Vaccination in Bombay 1924-1928 - 1924-1928
Year: 1924
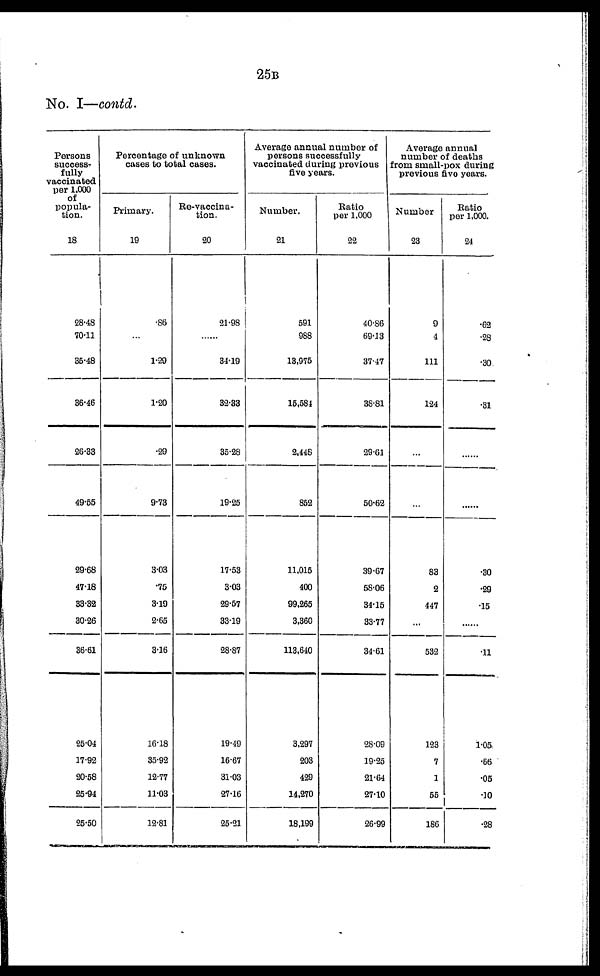
25B
No. I—contd.
Persons
success-
fully
vaccinated
per 1,000
of
popula-
tion.
18
28.48
70.11
35.48
36.46
26.33
49.55
29.68
47.18
33.32
30.26
36.61
25.04
17.92
20.58
25.94
25.50
Percentage of unknown
cases to total cases.
Primary.
19
.86
...
1.29
1.20
.29
9.73
3.03
.75
3.19
2.65
3.16
16.18
35.92
12.77
11.03
12.81
Re-vaccina-
tion.
20
21.98
...
34.19
32.33
35.28
19.25
17.53
3.03
29.57
33.19
28.87
19.49
16.67
31.03
27.16
25.21
Average annual number of
persons successfully
vaccinated during previous
five years.
Number.
21
591
988
13,975
15,584
2,448
852
11,015
400
99,265
3,360
113,640
3,297
203
429
14,270
18,199
Ratio
per 1,000
22
40.86
69.13
37.47
38.81
29.61
50.62
39.67
58.06
34.15
33.77
34.61
28.09
19.25
21.64
27.10
26.99
Average annual
number of deaths
from small-pox during
previous five years.
Number
23
9
4
111
124
...
...
83
2
447
...
532
123
7
1
55
186
Ratio
per 1,000.
24
.62
.28
.30
.31
......
......
.30
.29
.15
......
.11
1.05
.66
.05
.10
.28